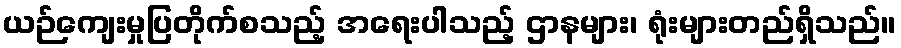
ယဉ်ကျေးမှုပြတိုက်စသည့် အရေးပါသည့် ဌာနများ၊ ရုံးများတည်ရှိသည်။